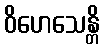
ဝိဟေသေန္တိ